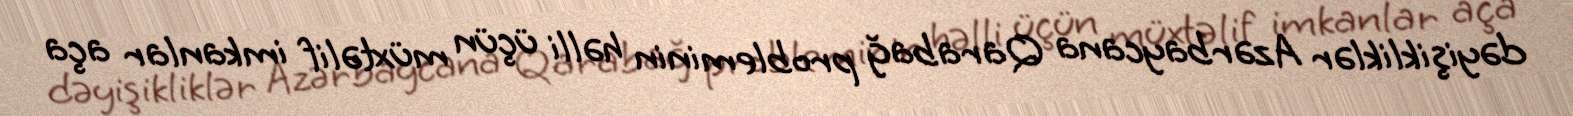
dəyişikliklər Azərbaycana Qarabağ probleminin həlli üçün müxtəlif imkanlar aça